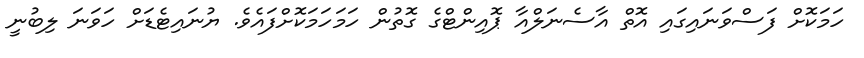
ހަމަކޮށް ފަސްވަނައިގައި އޮތް އާސެނަލްއާ ޕޮއިންޓްގެ ގޮތުން ހަމަހަމަކޮށްފައެވެ. ޔުނައިޓެޑަށް ހަވަނަ ލިބުނީ